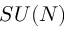
S U ( N )